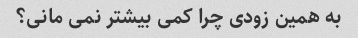
به همین زودی چرا کمی بیشتر نمی مانی؟